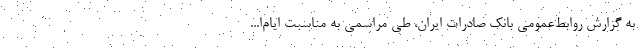
به گزارش روابط‌عمومی بانک صادرات ایران، طی مراسمی به مناسبت ایام‌ا...